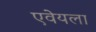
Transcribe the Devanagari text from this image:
एवेयला